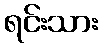
ရင်းသား